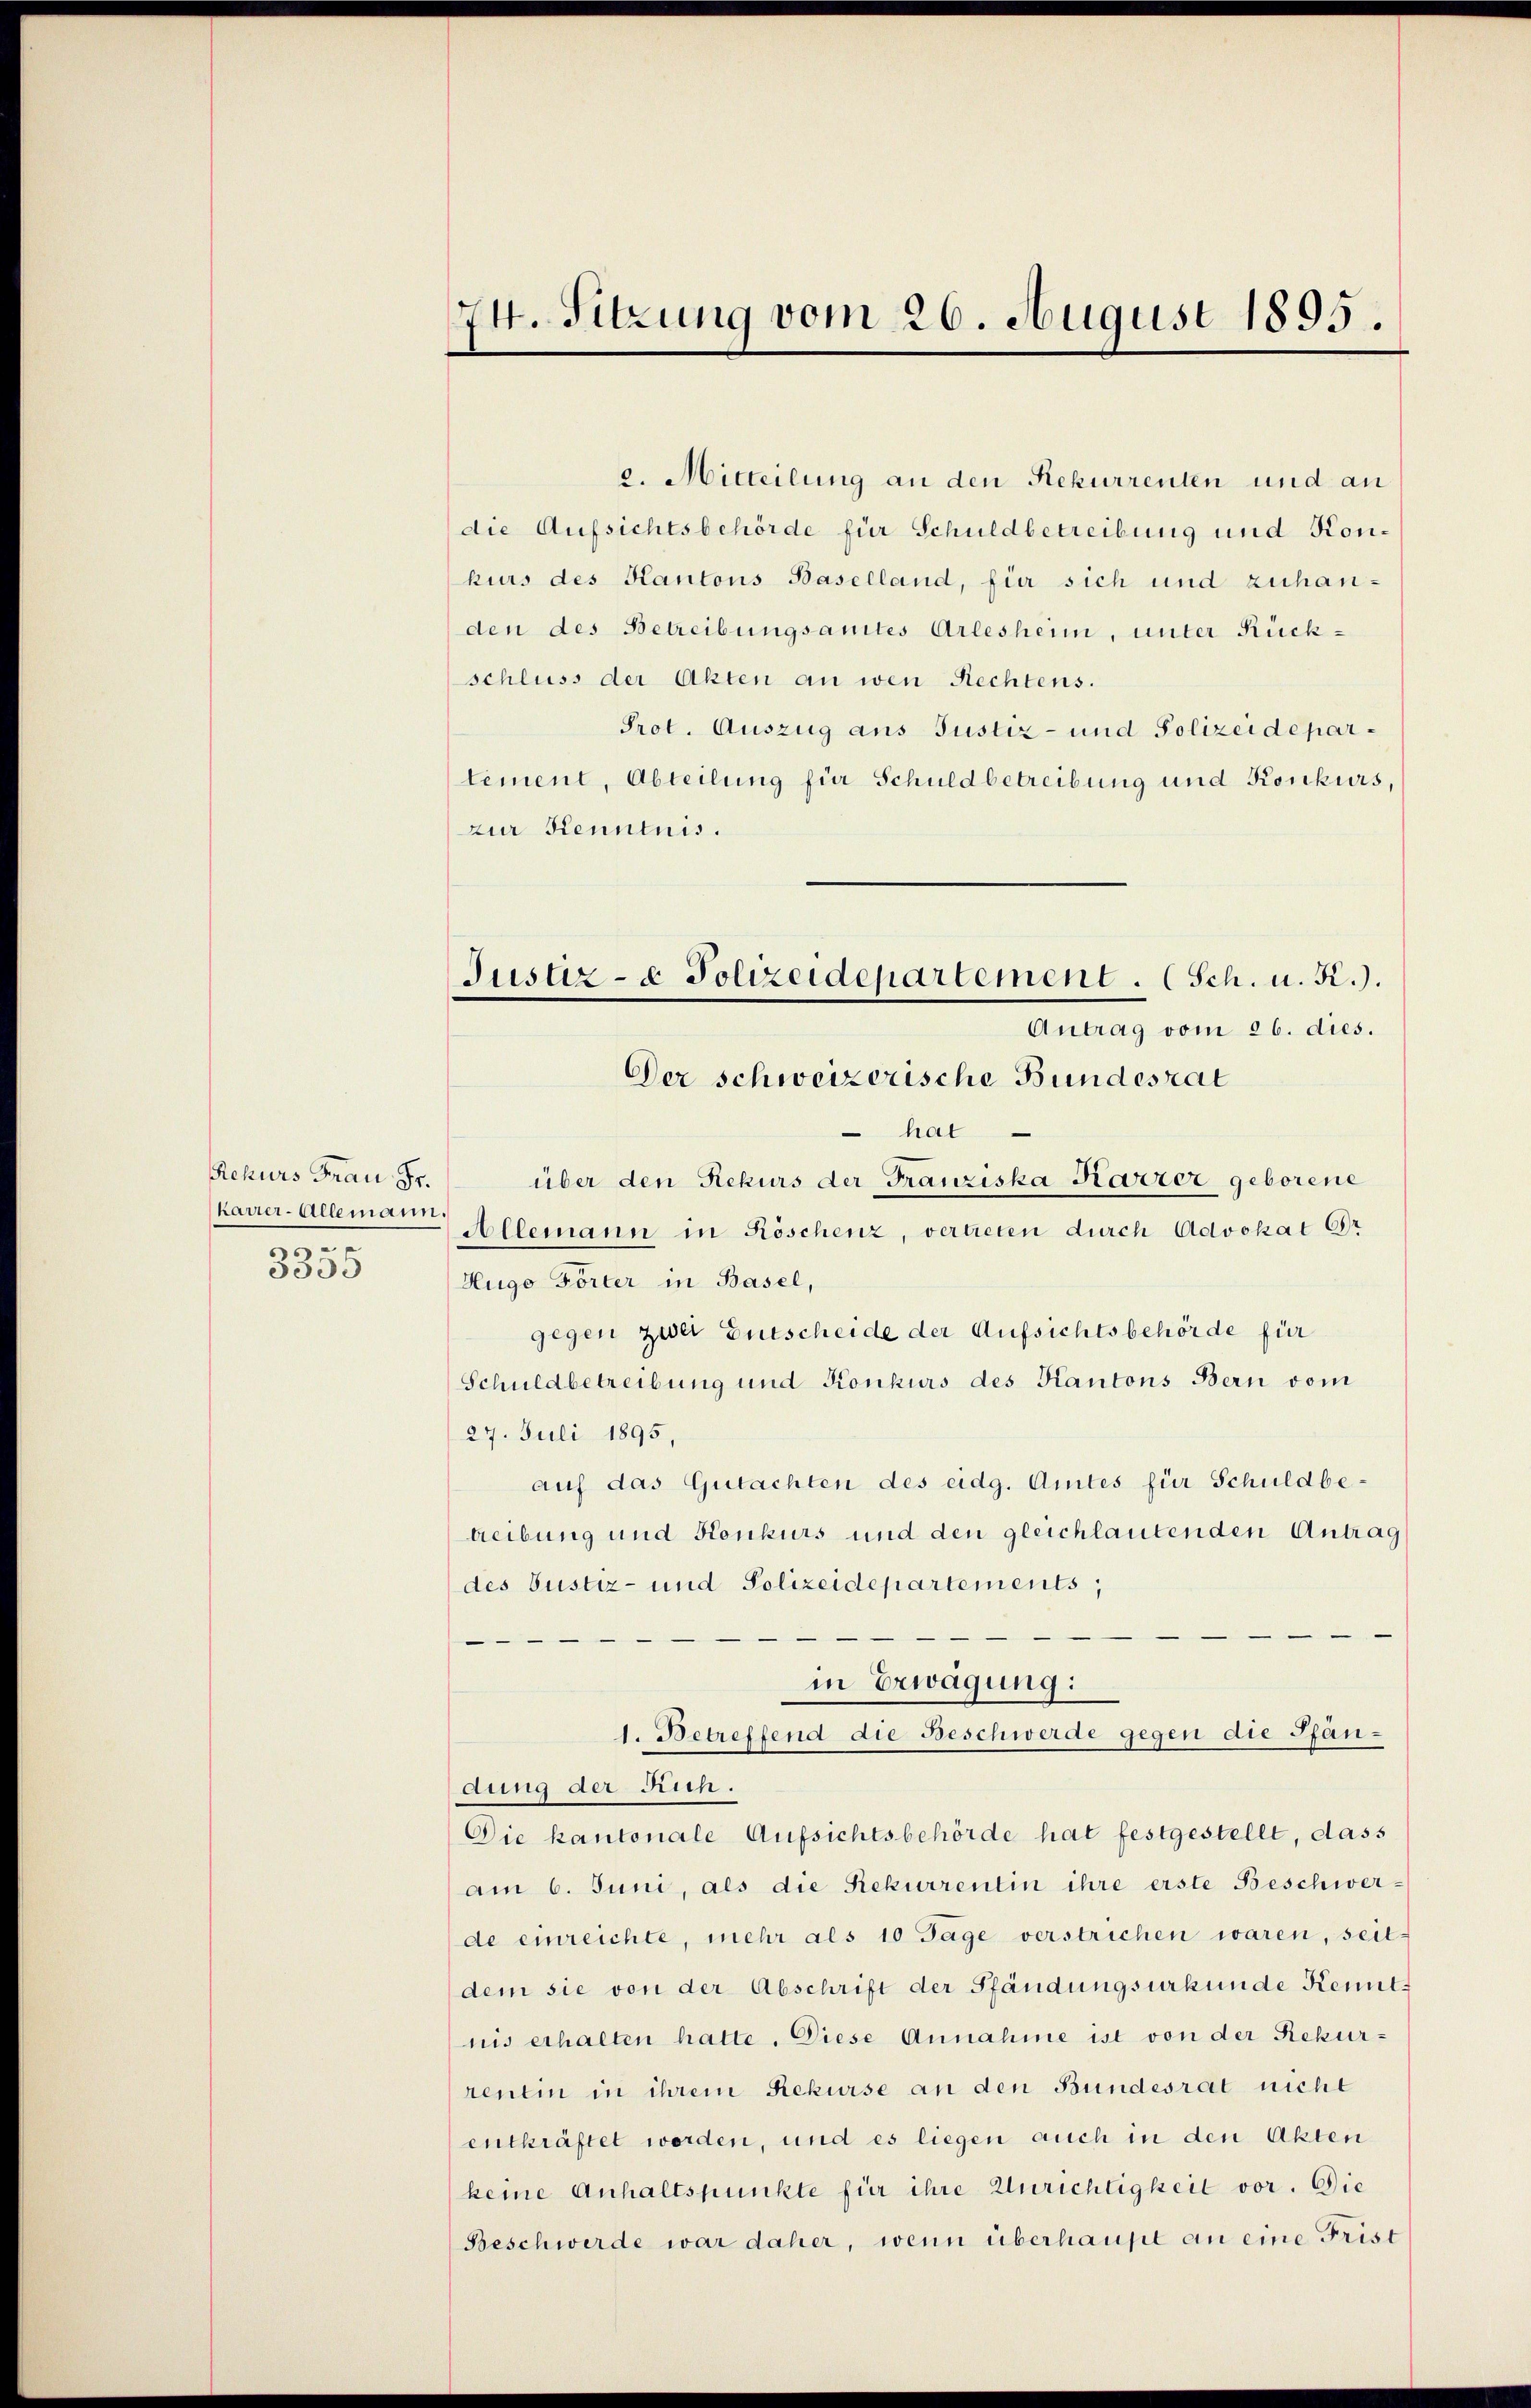
Rekurs Frau Fr.
karrer-Allemann.
.
3355

74. Sitzung vom 26. August 1895.

e. Mitteilung an den Rekurrenten und an
die Aufsichtsbehörde für Schuldbetreibung und Konkurs des Kantons Baselland, für sich und zuhanden des Betreibungsamtes Arlesheim, unter Rückschluss der Akten an wen Rechtens.
Prot. Auszug aus Justiz- und Polizeidepartement, Abteilung für Schuldbetreibung und Konkurs,
zur Kenntnis.
hat
über den Rekurs der Franziska Karrer geborene
Allemann in Röschenz, vertreten durch Advokat Gr
Hugo Förter in Basel,
gegen zwei Entscheide der Aufsichtsbehörde für
Schuldbetreibung und Konkurs des Kantons Bern vom
27. Juli 1895.
auf das Gutachten des eidg. Amtes für Schuldbetreibung und Konkurs und den gleichlautenden Antrag
des Justiz- und Polizeidepartements,
in Erwägung:
1. Betreffend die Beschwerde gegen die Pfän-
dung der Sch.
Die kantonale Aufsichtsbehörde hat festgestellt, dass
am 6. Juni, als die Rekurrentin ihre erste Beschwerde einreichte, mehr als 10 Tage verstrichen waren, seit
dem sie von der Abschrift der Pfändungsurkunde Kennt-
nis erhalten hatte. Diese Annahme ist von der Rekurrentin in ihrem Rekurse an den Bundesrat nicht
entkräftet worden, und es liegen auch in den Akten
keine Anhaltspunkte für ihre Unrichtigkeit vor. Die
Beschwerde war daher, wenn überhaupt an eine Frist

Justiz- & Polizeidepartement. Sch. u. Kr.).
Antrag vom 26. dies.
Der schweizerische Bundesrat